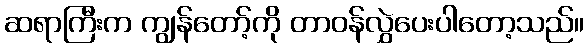
ဆရာကြီးက ကျွန်တော့်ကို တာဝန်လွှဲပေးပါတော့သည်။